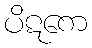
ပိဋကေ